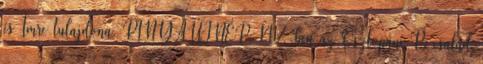
és Imre tulajdona. RINYAÚJNÉP: 1417-ben az Osztopáni P. család